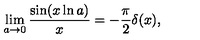
\lim _ { a \rightarrow 0 } { \frac { \sin ( x \ln a ) } { x } } = - { \frac { \pi } { 2 } } \delta ( x ) ,